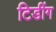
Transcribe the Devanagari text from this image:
टिडींग